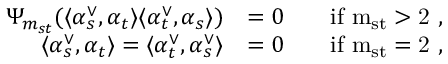
\begin{array} { r l r l } { \Psi _ { m _ { s t } } ( \langle \alpha _ { s } ^ { \vee } , \alpha _ { t } \rangle \langle \alpha _ { t } ^ { \vee } , \alpha _ { s } \rangle ) } & { = 0 } & & { \mathrm { i f ~ m _ { s t } > 2 ~ , } } \\ { \langle \alpha _ { s } ^ { \vee } , \alpha _ { t } \rangle = \langle \alpha _ { t } ^ { \vee } , \alpha _ { s } ^ { \vee } \rangle } & { = 0 } & & { \mathrm { i f ~ m _ { s t } = 2 ~ , } } \end{array}